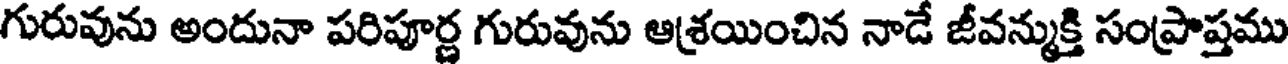
గురువును అందునా పరిపూర్ణ గురువును ఆశ్రయించిన నాడే జీవన్ముక్తి సంప్రాప్తము